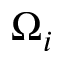
\Omega _ { i }